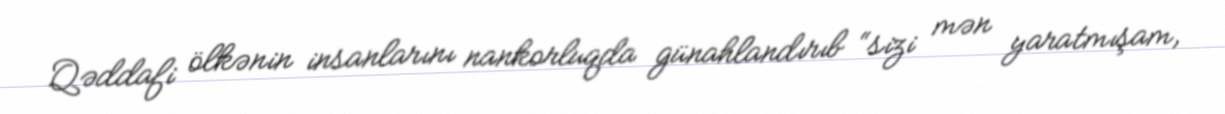
Qəddafi ölkənin insanlarını nankorluqda günahlandırıb “sizi mən yaratmışam,